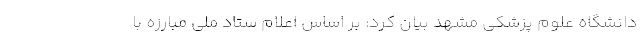
دانشگاه علوم پزشکی مشهد بیان کرد: بر اساس اعلام ستاد ملی مبارزه با